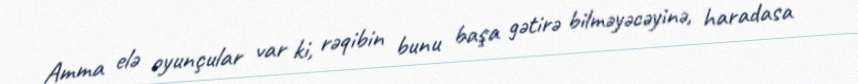
Amma elə oyunçular var ki, rəqibin bunu başa gətirə bilməyəcəyinə, haradasa